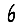
Digit: 6